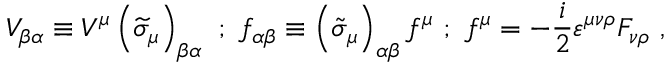
V _ { \beta \alpha } \equiv V ^ { \mu } \left( \widetilde { \sigma } _ { \mu } \right) _ { \beta \alpha } \mathrm { ~ } ; \mathrm { ~ } f _ { \alpha \beta } \equiv \left( \tilde { \sigma } _ { \mu } \right) _ { \alpha \beta } f ^ { \mu } \mathrm { ~ } ; \mathrm { ~ } f ^ { \mu } = - \frac i 2 \varepsilon ^ { \mu \nu \rho } F _ { \nu \rho } \mathrm { ~ } ,